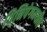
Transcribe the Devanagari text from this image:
विनिपेगमधील